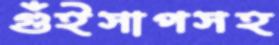
গুঁইসাপসহ